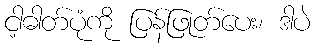
ငါ့ဓါတ်ပုံကို ပြန်ဖြုတ်ပေး၊ ဒါပဲ